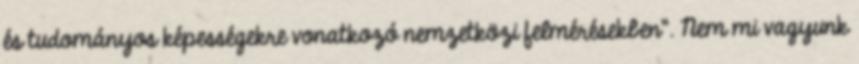
és tudományos képességekre vonatkozó nemzetközi felmérésekben”. Nem mi vagyunk